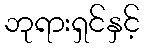
ဘုရားရှင်နှင့်